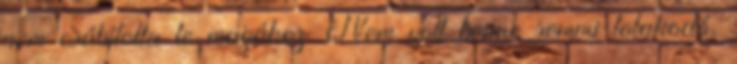
nem csábította le magához. Nem volt benne semmi tolakodó,